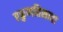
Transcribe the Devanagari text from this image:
एकुणतिसावा